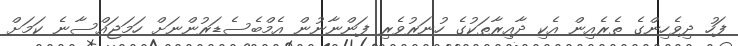
ފަހު ދިވެހިންގެ ތެރެއިން އެކި ދާއިރާތަކުގެ ހުނަރުވެރި ފަންނާނުން އެމްބެސެޑަރުންނަށް ހަމަޖައްސާނެ ކަމަށް